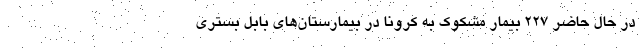
در حال حاضر ۲۲۷ بیمار مشکوک به کرونا در بیمارستان‌های بابل بسترى